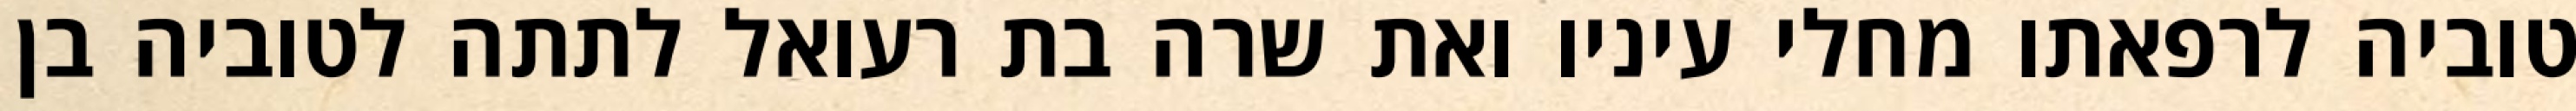
טוביה לרפאתו מחלי עיניו ואת שרה בת רעואל לתתה לטוביה בן